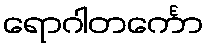
ရောဂါတင်္ကော